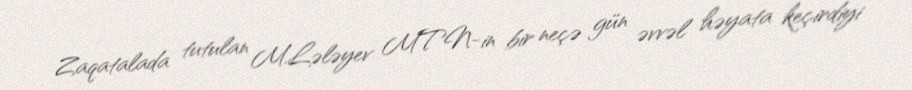
Zaqatalada tutulan M.Lələyev MTN-in bir neçə gün əvvəl həyata keçirdiyi